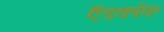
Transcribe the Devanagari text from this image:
ऍडकॉक